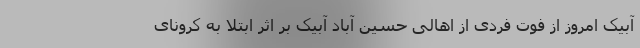
آبیک امروز از فوت فردی از اهالی حسین آباد آبیک بر اثر ابتلا به کرونای